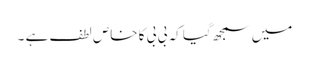
میں سمجھ گیا کہ بی بی کا خاص لطف ہے ۔